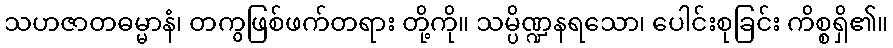
သဟဇာတဓမ္မာနံ၊ တကွဖြစ်ဖက်တရား တို့ကို။ သမ္ပိဏ္ဍနရသော၊ ပေါင်းစုခြင်း ကိစ္စရှိ၏။